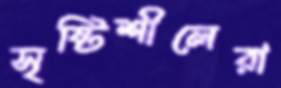
সৃষ্টিশীলেরা